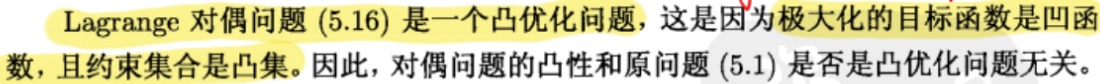
Lagrange 对偶问题 (5.16) 是一个凸优化问题，这是因为极大化的目标函数是凹函数，且约束集合是凸集。因此，对偶问题的凸性和原问题 (5.1) 是否是凸优化问题无关。